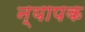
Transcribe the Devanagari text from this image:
न्यापक